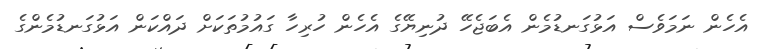
އެހެން ނަމަވެސް އަޅުގަނޑުމެން އެބަޖެހޭ ދުނިޔޭގެ އެހެން ހުރިހާ ގައުމުތަކަށް ދައްކަން އަޅުގަނޑުމެންގެ